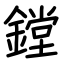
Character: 鏜